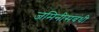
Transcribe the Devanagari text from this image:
जमिनीसंबंधी